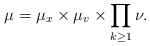
LaTeX: \begin{align*}\mu=\mu_x\times\mu_v\times\prod_{k\geq 1}\nu.\end{align*}